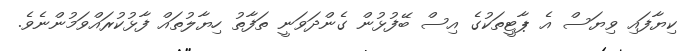
ކިޔާފައި ވިޔަސް އެ ޕާޓީތަކުގެ އިސް ބޭފުޅުން ގެންދަވަނީ ތަފާތު ހިޔާލުތައް ފާޅުކުރައްވަމުންނެވެ.